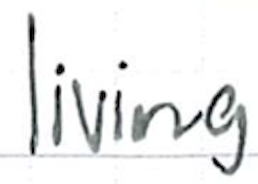
Text: living
Cross-out: clean
Writing tool: ballpoint